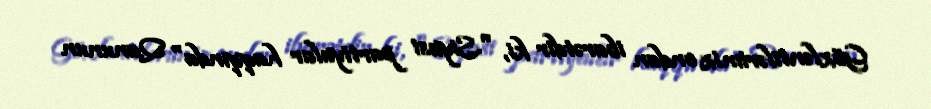
Gözləntilərimiz ondan ibarətdir ki, "Siyasi partiyalar haqqında" Qanunun